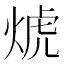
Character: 𰞱